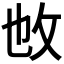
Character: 𢻱